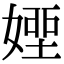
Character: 𡟽